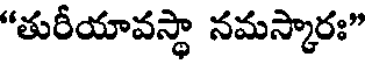
"తురీయావస్థా నమస్కారః"